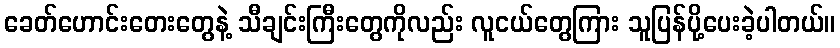
ခေတ်ဟောင်းတေးတွေနဲ့ သီချင်းကြီးတွေကိုလည်း လူငယ်တွေကြား သူပြန်ပို့ပေးခဲ့ပါတယ်။